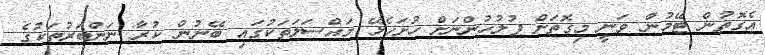
އެގޮތުން ޓޭމުން ވަނީ މިގޮތަށް ފުލުހުންނަށް ހުށަހެޅޭ މައްސަލަތަކުގައި ބޭނުން ކުރާ ނަންބަރުތަކުގެ